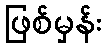
ဖြစ်မှန်း